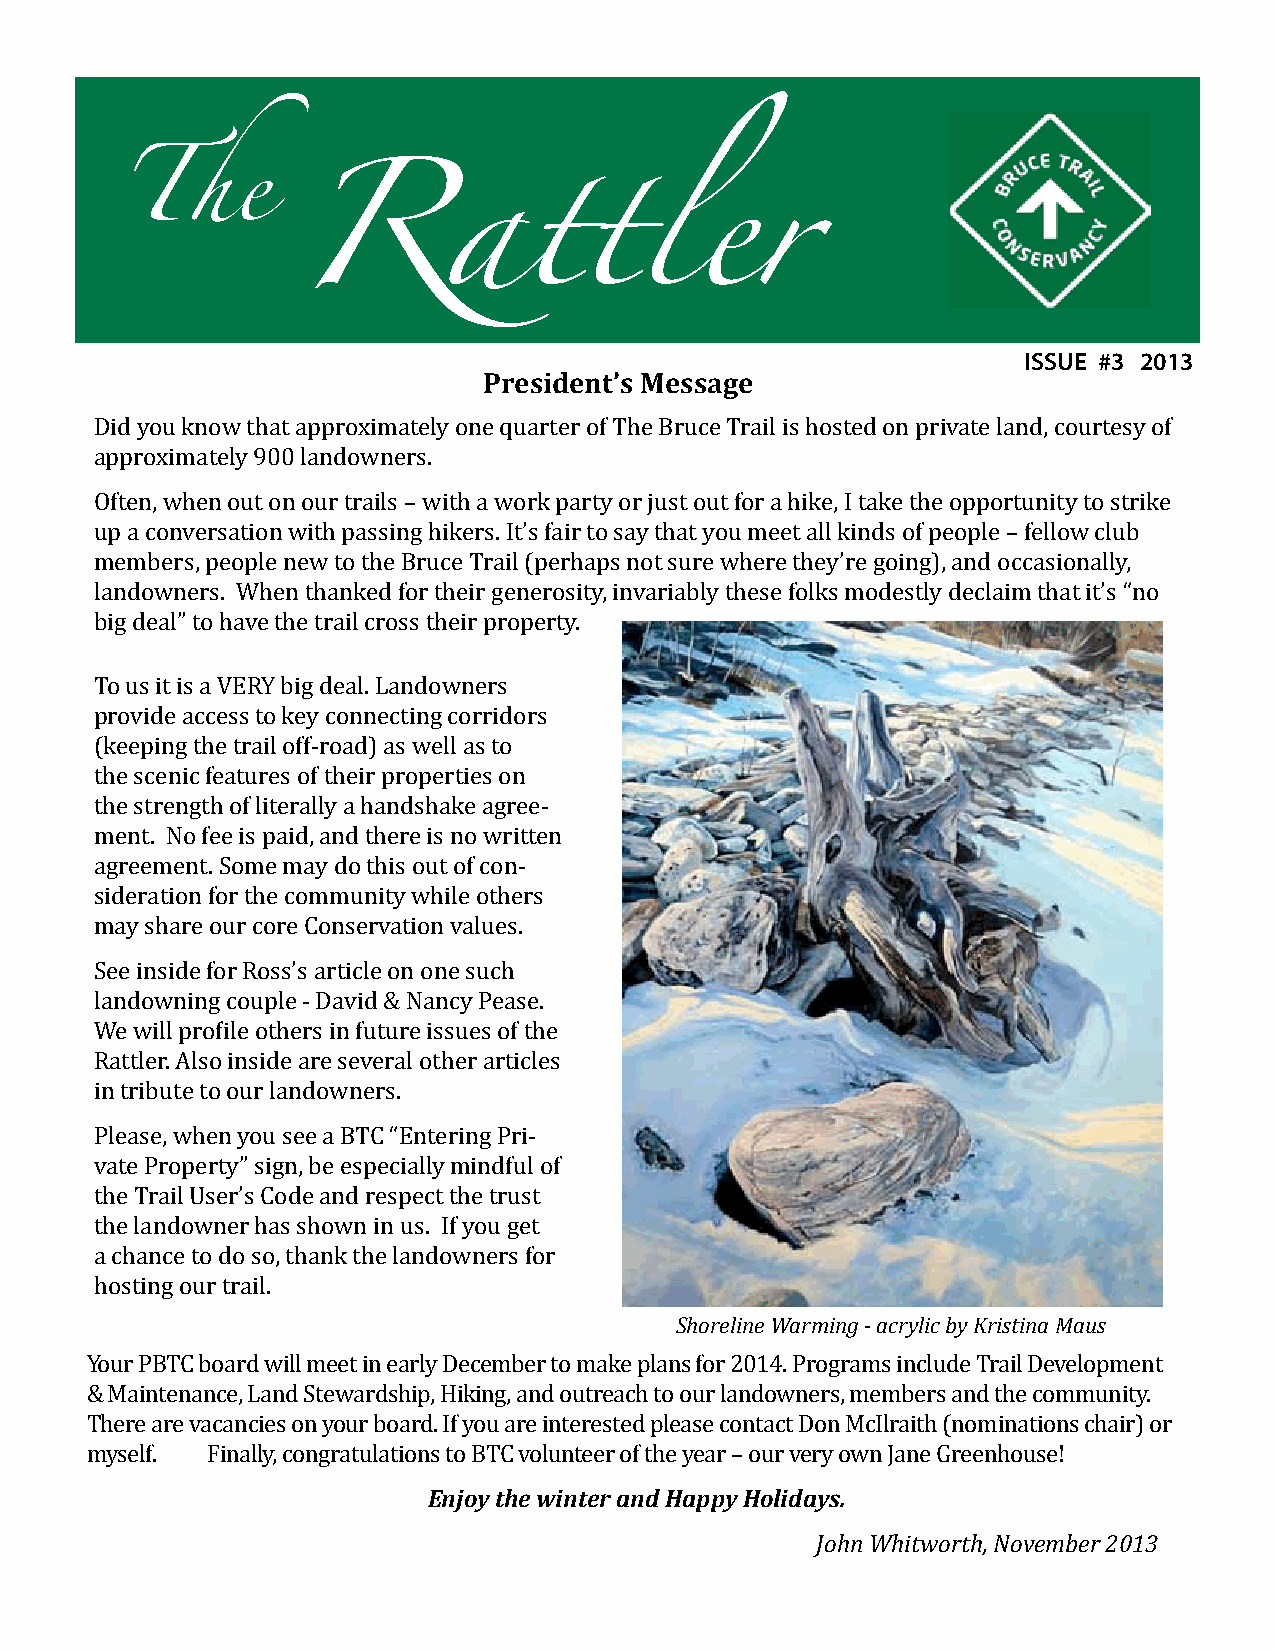
ISSUE #3 2013
 The
 President’s Message
 Did you know that approximately one quarter of The Bruce Trail is hosted on private land, courtesy of
 approximately 900 landowners.
 Rattler
 Often, when out on our trails – with a work party or just out for a hike, I take the opportunity to strike
 up a conversation with passing hikers. It’s fair to say that you meet all kinds of people – fellow club
 members, people new to the Bruce Trail (perhaps not sure where they’re going), and occasionally,
 landowners. When thanked for their generosity, invariably these folks modestly declaim that it’s “no
 big deal” to have the trail cross their property.
 To us it is a VERY big deal. Landowners
 provide access to key connecting corridors
 (keeping the trail off-road) as well as to
 the scenic features of their properties on
 the strength of literally a handshake agree-
 ment. No fee is paid, and there is no written
 agreement. Some may do this out of con-
 sideration for the community while others
 may share our core Conservation values.
 See inside for Ross’s article on one such
 landowning couple - David & Nancy Pease.
 We will profile others in future issues of the
 Rattler. Also inside are several other articles
 in tribute to our landowners.
 Please, when you see a BTC “Entering Pri-
 vate Property” sign, be especially mindful of
 the Trail User’s Code and respect the trust
 the landowner has shown in us. If you get
 a chance to do so, thank the landowners for
 Shoreline Warming - acrylic by Kristina Maus
 hosting our trail.
 Your PBTC board will meet in early December to make plans for 2014. Programs include Trail Development
 & Maintenance, Land Stewardship, Hiking, and outreach to our landowners, members and the community.
 There are vacancies on your board. If you are interested please contact Don McIlraith (nominations chair) or
 Enjoy the winter and Happy Holidays.
 myself. Finally, congratulations to BTC volunteer of the year – our very own Jane Greenhouse!
 John Whitworth, November 2013